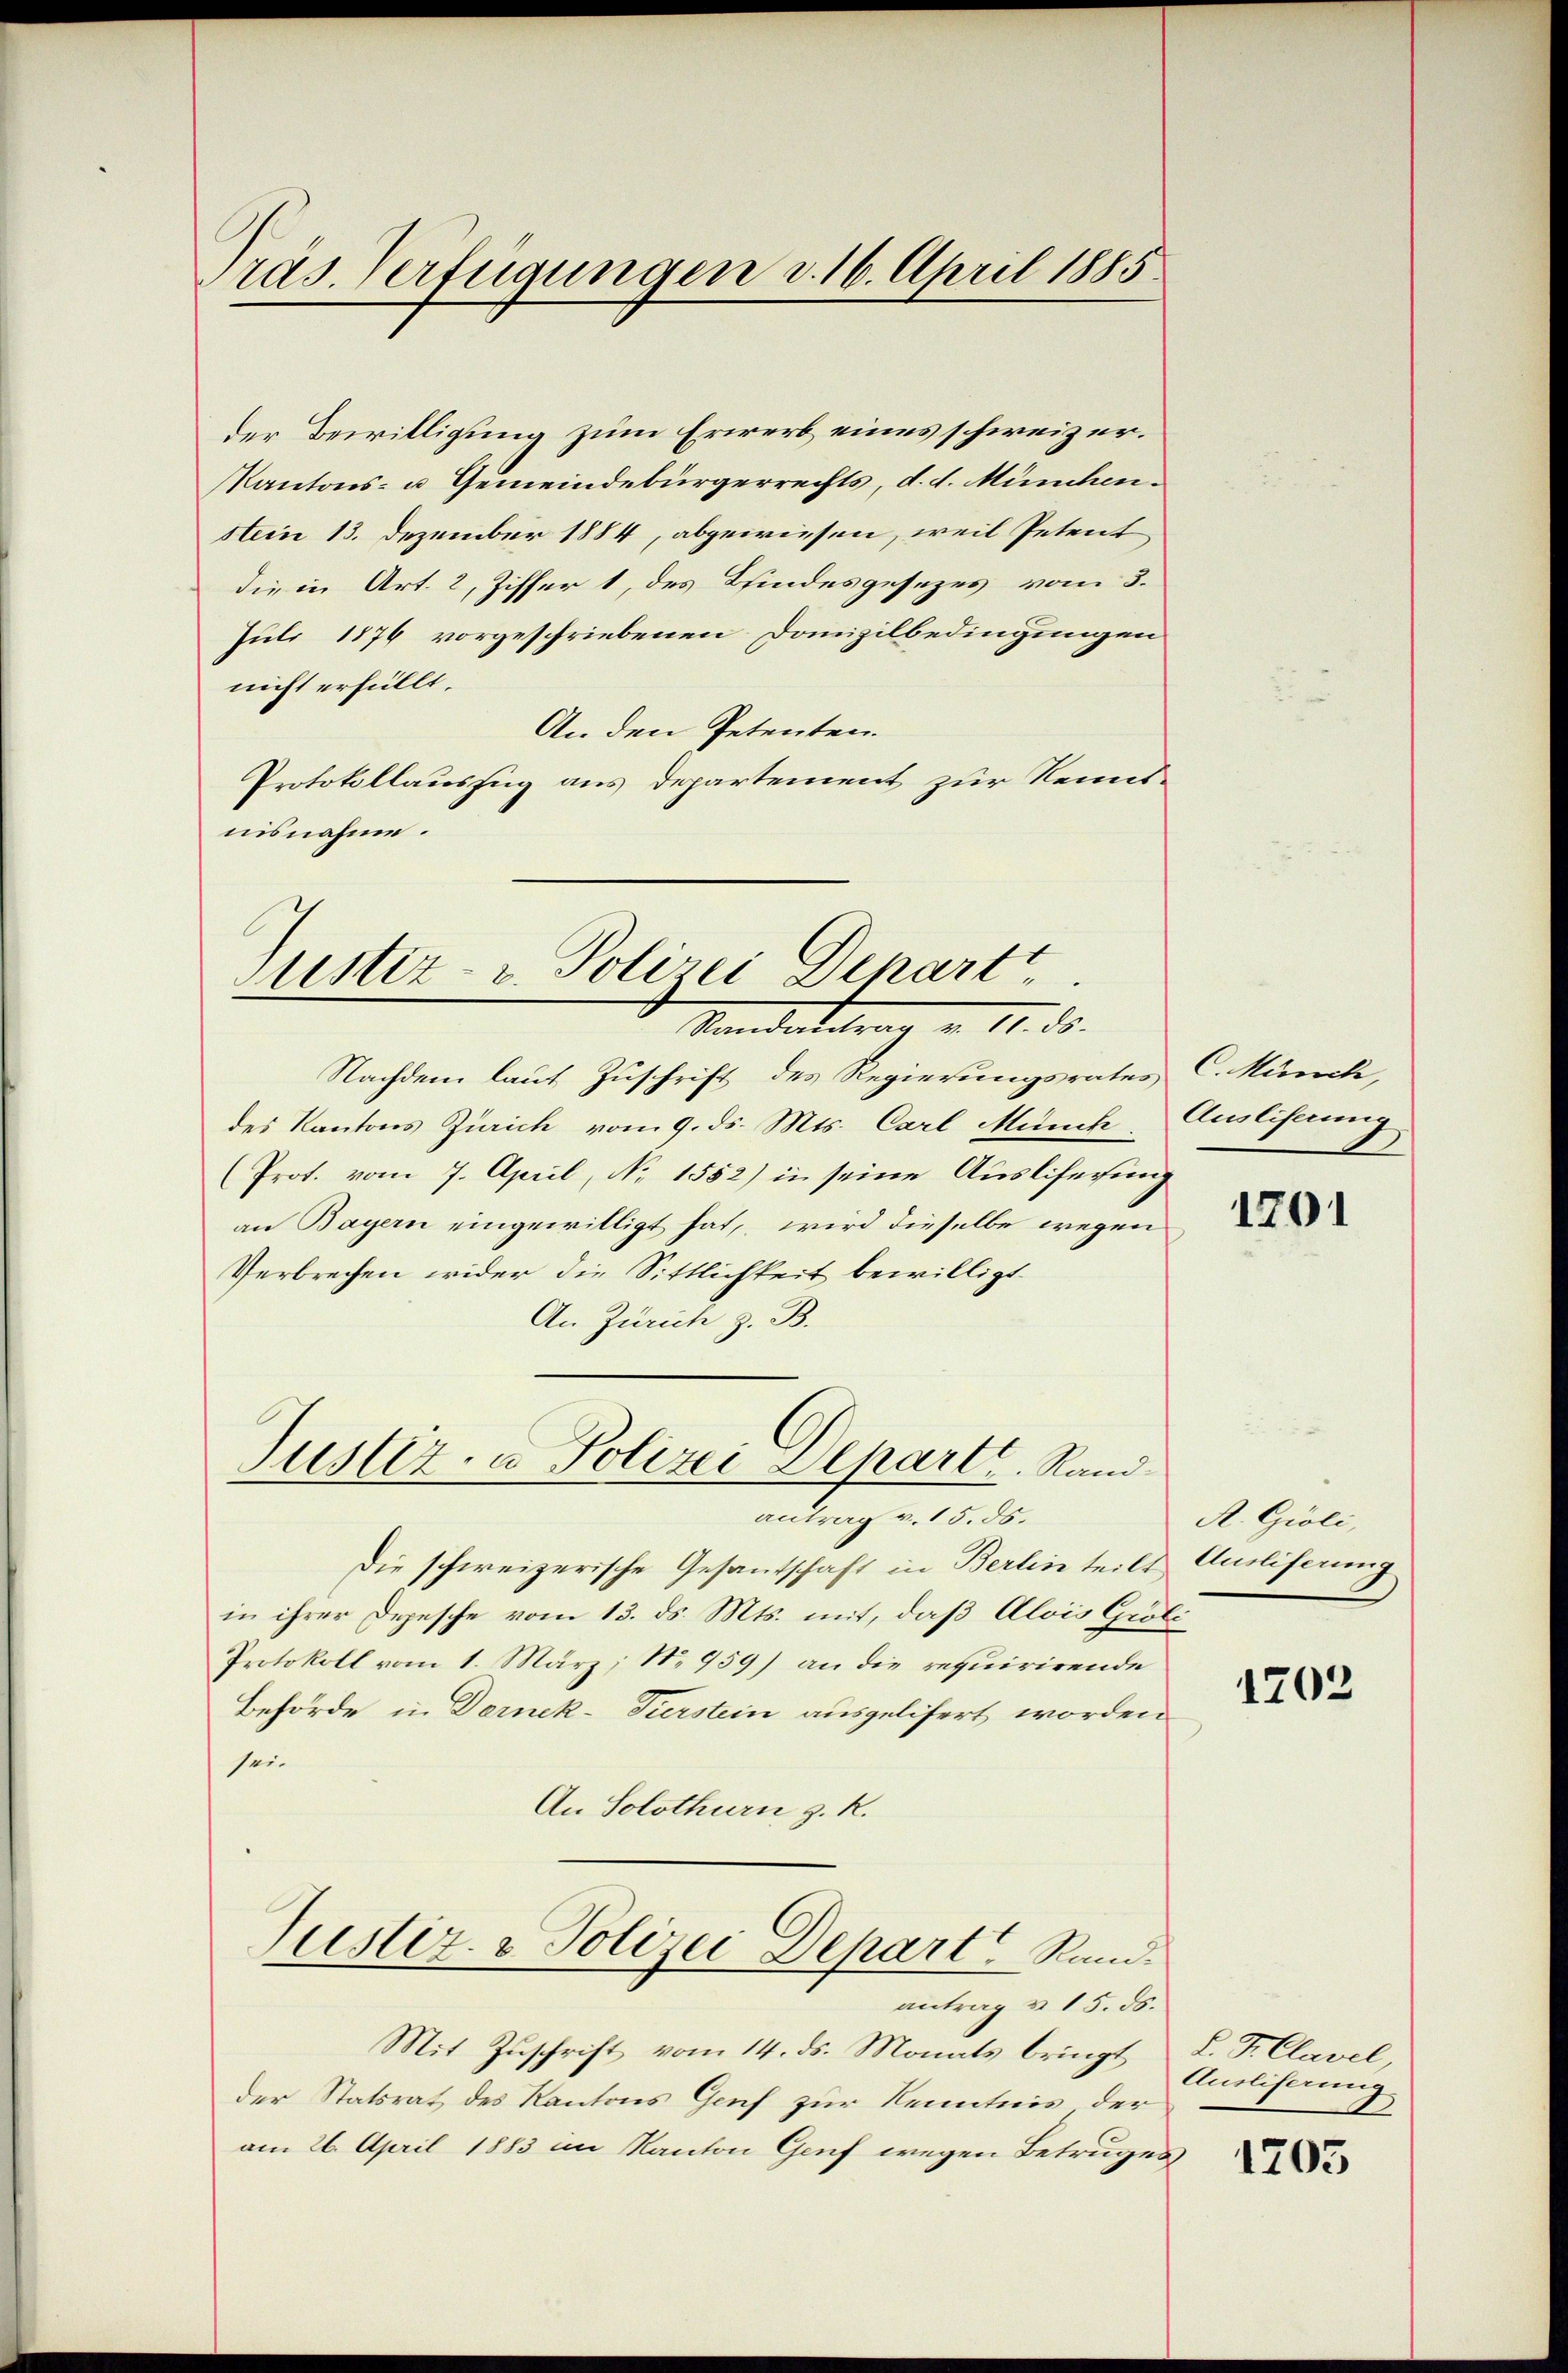
räs. Verfügungen d. 16. April 1885.

der Bewilligung zum Erwerb eines schweizer¬
Kantons- u Gemeindebürgerrechts, d. d. Münchenstein 13. Dezember 1884, abgewiesen, weil Petent
die in Art. 2, Ziffer 1, des Bindesgesezes vom 3.
Juli 1876 vorgeschriebenen Domizilbedingungen
nicht erfüllt.
An den Petenten.
Protokollauszug aus Departement zur Kenntnisnahme.

Justiz, Polizei Departt
Standantern 17. ds.

Nachdem laut Zuschrift des Regierungsrates C. Münch,
des Kantons Zürich vom 9. ds. Mts. Carl Münch.
(Prof. vom 7. April, No 1552) in seine Auslieferung
an Bayern eingewilligt hat, wird dieselbe wegen
Verbrechen wider die Sittlichkeit bewilligt
An Zürich z. B.

Justiz- u Polizei Departe. Rand
antrag v. 15. ds.

Justiz- & Polizei Depart Rand.

Die schweizerische Gesantschaft in Berlin teils Amliferung
in ihrer Depesche vom 13. ds. Mts. mit, daß Alois Gioli
Protokoll vom 1. März, No 959) an die requirirende
Behörde in Deinek-Turstein ausgelifert worden
sei.
An Solothurn z. R.

Mit Zuschrift vom 14. ds. Monats bringt
der Statsrat des Kantons Genf zur Kenntnis der
am 26. April 1883 im Kanton Genf wegen Betruges

antrag u. 15. ds.

Auslistung

1701

A. Gioli,

1703

L. K. Clavel,
Auslieferung

1705